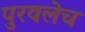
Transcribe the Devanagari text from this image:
पुरवलेच